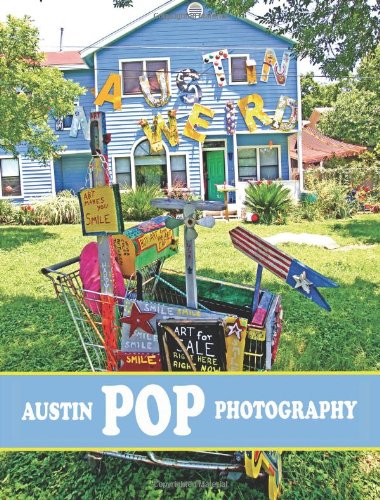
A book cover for Austin Pop Photography; JJworldstudio; Travel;